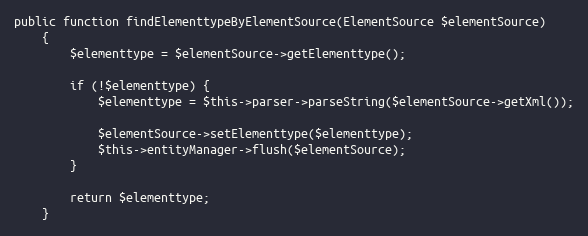
Language: PHP
public function findElementtypeByElementSource(ElementSource $elementSource)
    {
        $elementtype = $elementSource->getElementtype();

        if (!$elementtype) {
            $elementtype = $this->parser->parseString($elementSource->getXml());

            $elementSource->setElementtype($elementtype);
            $this->entityManager->flush($elementSource);
        }

        return $elementtype;
    }